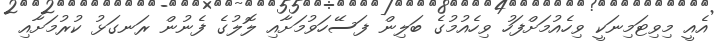
އެއީ މިވިޓަމިނަކީ ވިހެއުމަށްފަހު ވިހެއުމުގެ ބަލިން ފަސޭހަވުމަށާއި ލޮލުގެ ފެނުން ރަނގަޅު ކުރުމަށާއި